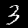
Digit: 3